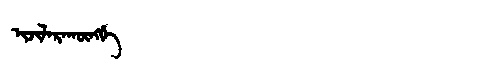
Manchu: ᡳᠵᡳᠯᠠᡵᠠᡴᡡᠩᡤᡝ
Romanization: IJILARAKŪNGGE